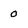
Character: 0